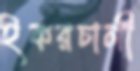
ইকরচালী